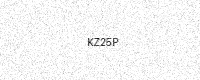
Text: KZ25P